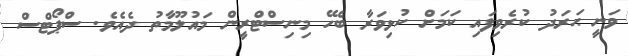
ވަނީ ޙަރަދު ކުރެވިފައި ކަމަށް ކުޅިވަރާ ބެހޭ މިނިސްޓްރީން މައުލޫމާތު ދެއެވެ. ސްޕޯޓްސް